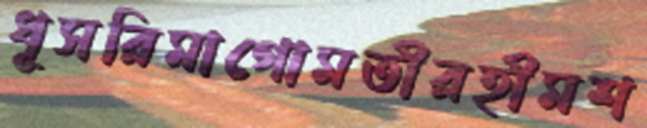
ধূসরিমাগোমতীরহীমশ